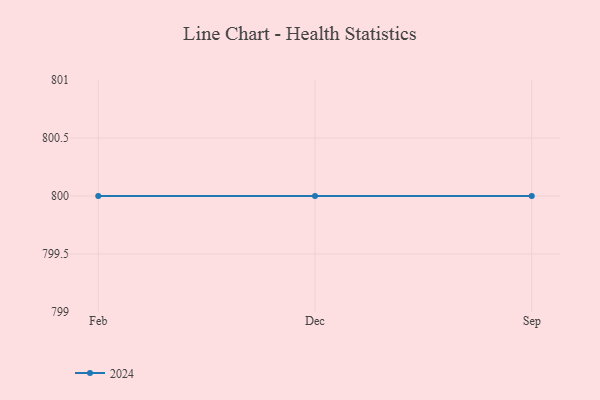
{"axis": {"x": "Month", "y": "Latency (ms)"}, "legend": ["2024"], "data": [{"x": "Feb", "y": 800, "type": "2024"}, {"x": "Dec", "y": 800, "type": "2024"}, {"x": "Sep", "y": 800, "type": "2024"}]}